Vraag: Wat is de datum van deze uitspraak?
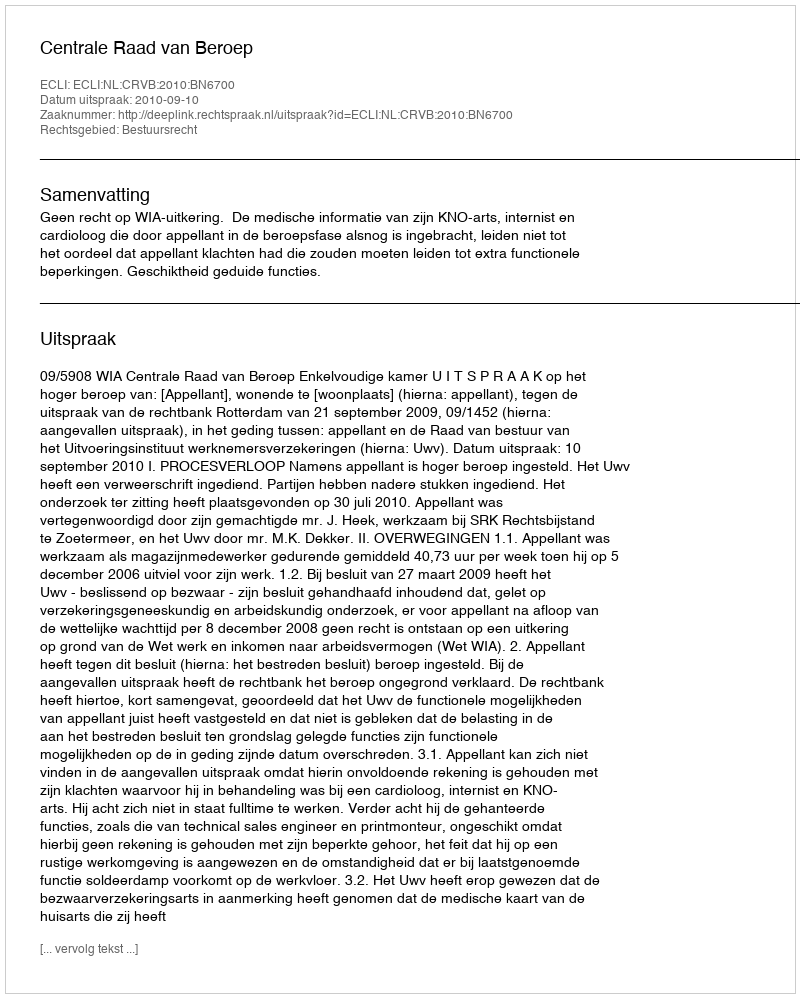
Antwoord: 2010-09-10